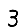
Digit: 3